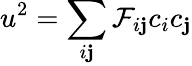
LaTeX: u^{2}=\sum_{i\mathbf{j}}\mathcal{F}_{i\mathbf{j}}c_{i}c_{\mathbf{j}}